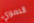
الدموي